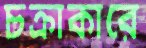
চক্রাকারে